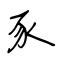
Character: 豕